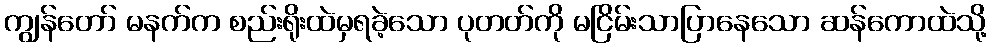
ကျွန်တော် မနက်က စည်းရိုးထဲမှရခဲ့သော ပုတတ်ကို မငြိမ်းသာပြာနေသော ဆန်ကောထဲသို့